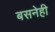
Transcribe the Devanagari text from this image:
बसनेही